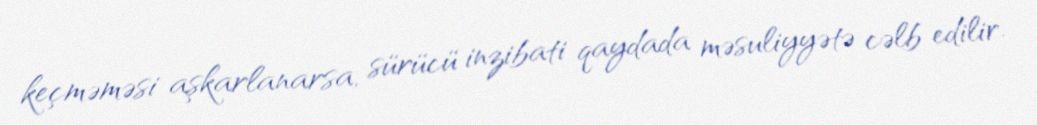
keçməməsi aşkarlanarsa, sürücü inzibati qaydada məsuliyyətə cəlb edilir.